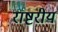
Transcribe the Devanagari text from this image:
राष्टरीय